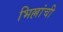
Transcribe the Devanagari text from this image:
भिल्लांची